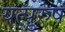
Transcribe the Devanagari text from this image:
यत्पुरुषं